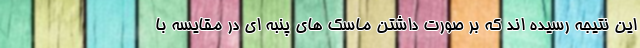
این نتیجه رسیده اند که بر صورت داشتن ماسک های پنبه ای در مقایسه با